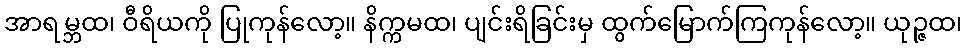
အာရမ္ဘထ၊ ဝီရိယကို ပြုကုန်လော့။ နိက္ကမထ၊ ပျင်းရိခြင်းမှ ထွက်မြောက်ကြကုန်လော့။ ယုဉ္ဇထ၊